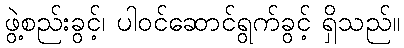
ဖွဲ့စည်းခွင့်၊ ပါဝင်ဆောင်ရွက်ခွင့် ရှိသည်။